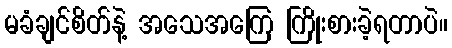
မခံချင်စိတ်နဲ့ အသေအကြေ ကြိုးစားခဲ့ရတာပဲ။